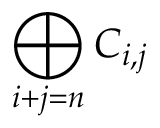
\bigoplus _ { i + j = n } C _ { i , j }